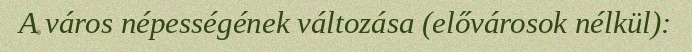
A város népességének változása (elővárosok nélkül):